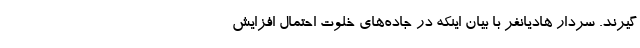
گیرند. سردار هادیانفر با بیان اینکه در جاده‌های خلوت احتمال افزایش